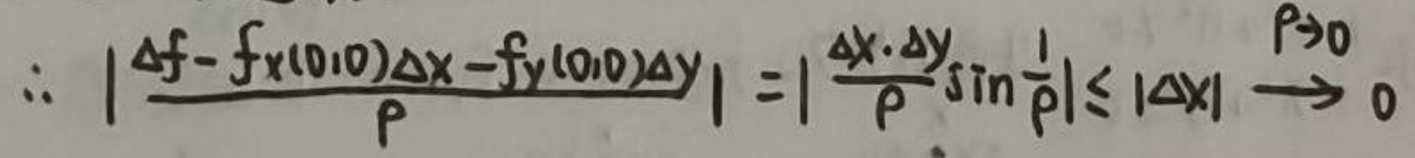
$\therefore \left| \frac{\Delta f - f_x(0,0)\Delta x - f_y(0,0)\Delta y}{\rho} \right| = \left| \frac{\Delta x \cdot \Delta y}{\rho} \sin \frac{1}{\rho} \right| \leq |\Delta x| \to 0 \quad (\rho > 0)$